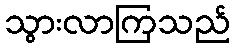
သွားလာကြသည်